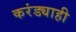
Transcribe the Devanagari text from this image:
करंड्याही